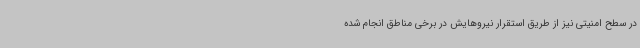
در سطح امنیتی نیز از طریق استقرار نیروهایش در برخی مناطق انجام شده